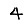
Digit: 4